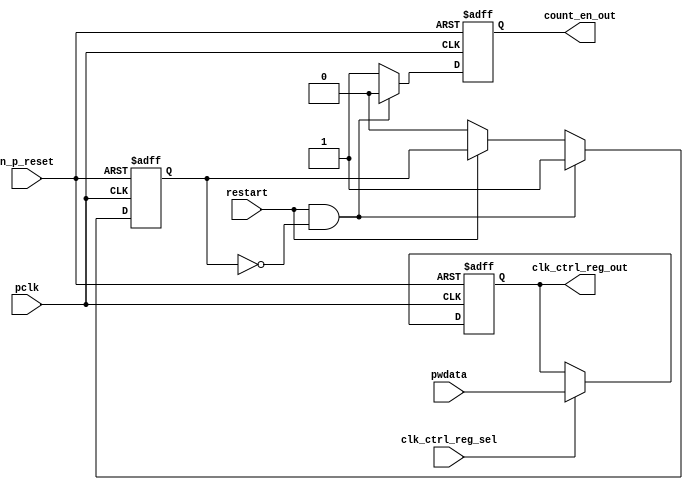
//Title       : 
//Description : TTC counter reset block
//Notes       : 
//----------------------------------------------------------------------
//   Copyright 1999-2010 Cadence Design Systems, Inc.
//   All Rights Reserved Worldwide
//
//   Licensed under the Apache License, Version 2.0 (the
//   "License"); you may not use this file except in
//   compliance with the License.  You may obtain a copy of
//   the License at
//
//       http://www.apache.org/licenses/LICENSE-2.0
//
//   Unless required by applicable law or agreed to in
//   writing, software distributed under the License is
//   distributed on an "AS IS" BASIS, WITHOUT WARRANTIES OR
//   CONDITIONS OF ANY KIND, either express or implied.  See
//   the License for the specific language governing
//   permissions and limitations under the License.
//----------------------------------------------------------------------

module ttc_count_rst_lite(

  //inputs
  n_p_reset,                             
  pclk, 
  pwdata,                                                           
  clk_ctrl_reg_sel,
  restart,        

  //outputs
  count_en_out,
  clk_ctrl_reg_out

  );


//-----------------------------------------------------------------------------
// PORT DECLARATIONS
//-----------------------------------------------------------------------------

   // inputs
   input n_p_reset;                 // Reset signal
   input pclk;                    // APB System clock
   input [6:0] pwdata;           // 7-Bit pwdata from APB interface
   input clk_ctrl_reg_sel;        // Select for the clk_ctrl_reg
   input restart;                 // Restart reset from cntr_ctrl_reg

   // outputs
   output count_en_out;
   output [6:0] clk_ctrl_reg_out; // Controls clock selected


//-----------------------------------------------------------------------------
// Internal Signals & Registers
//-----------------------------------------------------------------------------


   
   reg [6:0]    clk_ctrl_reg;     //7-bit clock control register.
   
   reg          restart_var;      //ensures prescaler reset at start of restart 
   
   reg          count_en;         //enable signal to counter

   
   wire [6:0]   clk_ctrl_reg_out; //clock control output wire
   wire         count_en_out;     //counter enable output
   
   
//-----------------------------------------------------------------------------
// Logic Section:


//
//    p_clk_ctrl: Process to implement the clk_ctrl_reg.  
//                When select line is set then the data will be inserted to 
//                the clock control register, otherwise it will be equal to 
//                the previous value of the register, else it will be zero.
//-----------------------------------------------------------------------------

   assign clk_ctrl_reg_out  = clk_ctrl_reg;
   assign count_en_out      = count_en;


//    p_ps_counter: counter for clock enable generation.
   
   always @(posedge pclk or negedge n_p_reset)
   begin: p_ps_counter
      
      if (!n_p_reset)
      begin
         restart_var  <= 1'b0;
         count_en     <= 1'b0;
      end
      else
      begin
         if (restart & ~restart_var)
         begin
            restart_var  <= 1'b1;
            count_en     <= 1'b0;
         end 
         
         else 
           begin
              
              if (~restart)
                 restart_var <= 1'b0;
              else
                 restart_var <= restart_var;
                 
              count_en     <= 1'b1;        
              
           end
      end // else: !if(!n_p_reset)      
  
   end  //p_ps_counter



// p_clk_ctrl : Process for writing to the clk_ctrl_reg
   
   always @ (posedge pclk or negedge n_p_reset)
   begin: p_clk_ctrl
      
      if (!n_p_reset)
         clk_ctrl_reg <= 7'h00;
      else
      begin 

         if (clk_ctrl_reg_sel)
            clk_ctrl_reg <= pwdata;
         else
            clk_ctrl_reg <= clk_ctrl_reg;

      end 
      
   end  //p_clk_ctrl

   
endmodule